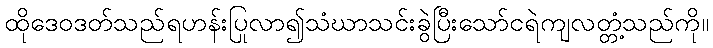
ထိုဒေဝဒတ်သည်ရဟန်းပြုလာ၍သံဃာသင်းခွဲပြီးသော်ငရဲကျလတ္တံ့သည်ကို။